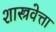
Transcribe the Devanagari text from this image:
शास्त्रवेत्ता